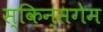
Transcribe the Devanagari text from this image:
स्किन्सगेम